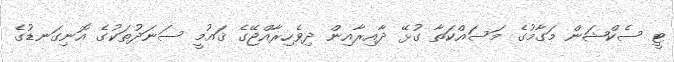
ޓީ ސެކްޝަން މަގާމުގެ މަސައްކަތާ ގުޅޭ ދާއިރާއިން ދިވެހިރާއްޖޭގެ ޤައުމީ ސަނަދުތަކުގެ އޮނިގަނޑުގެ